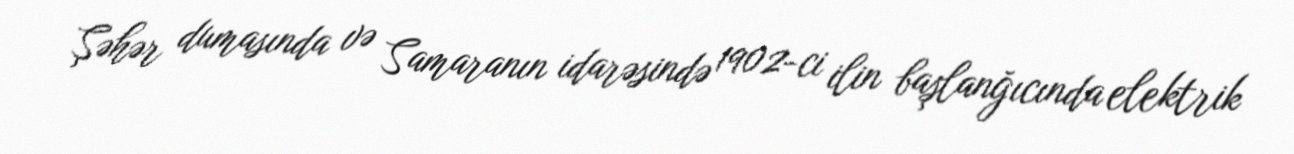
Şəhər dumasında və Samaranın idarəsində 1902-ci ilin başlanğıcında elektrik